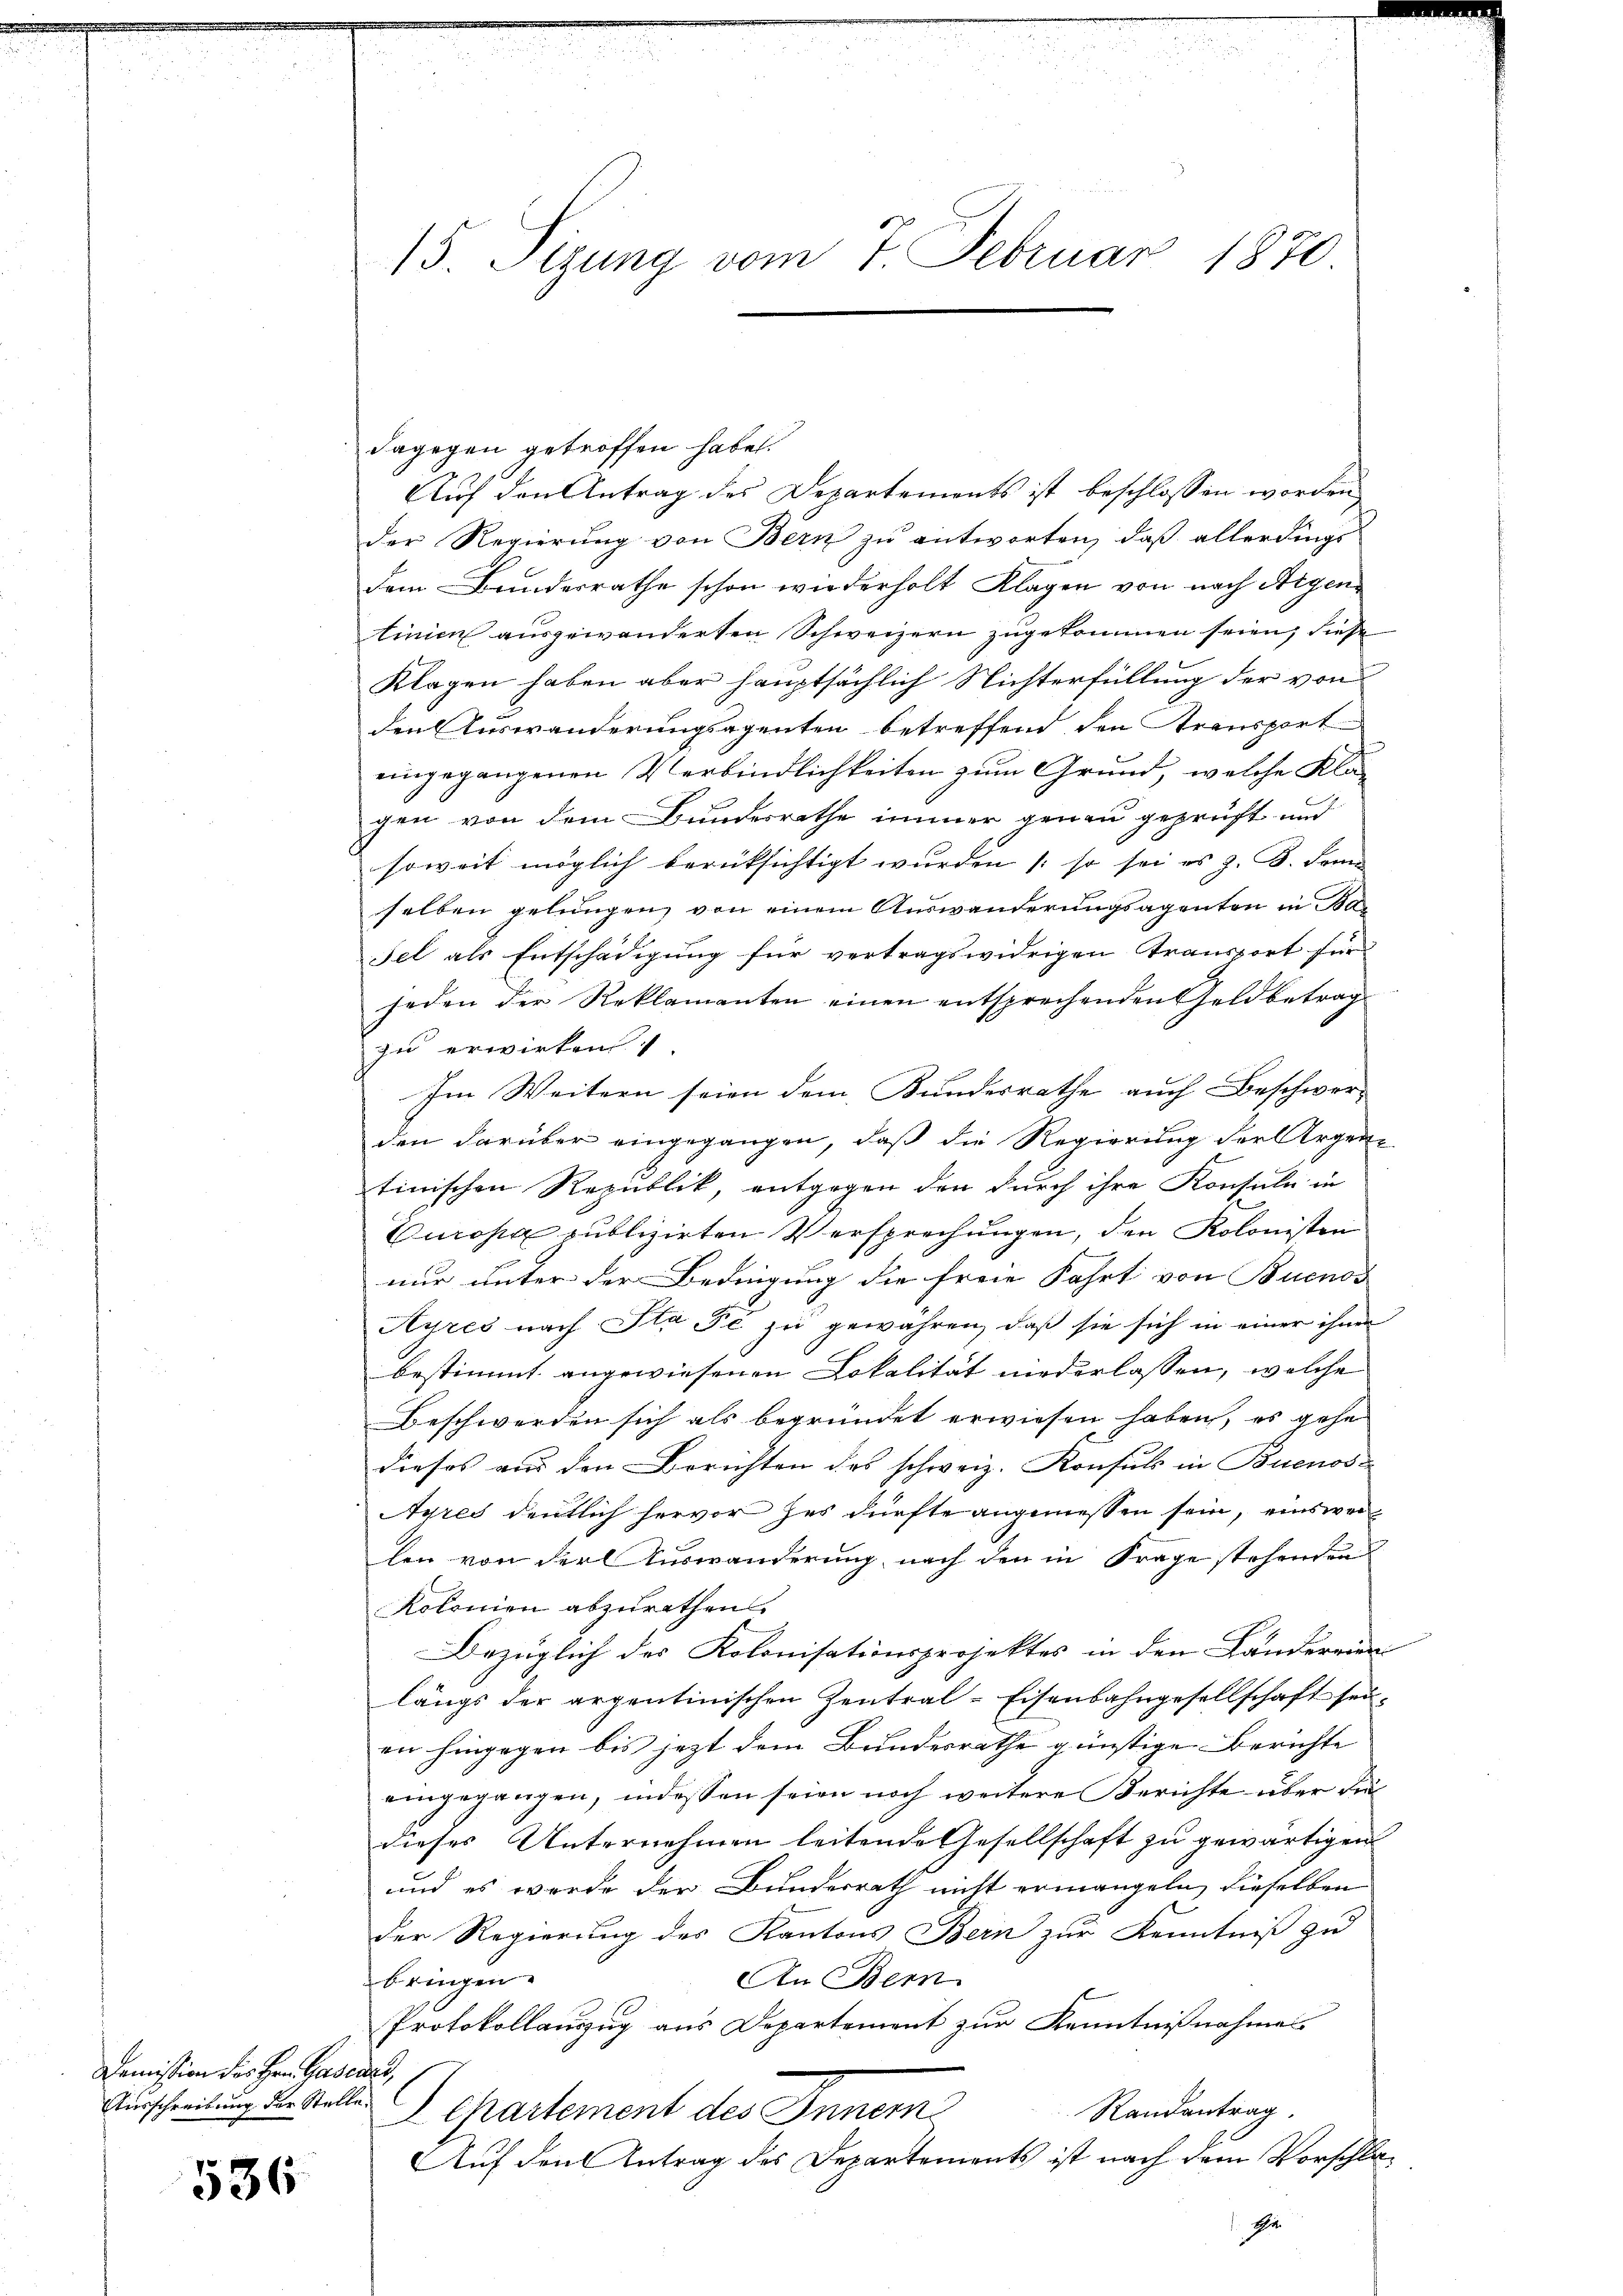
Demission des Hrn. Gaseurs,
Ausschreibung der Stelle.

536

15. Sizung vom 7. Februar 1870

dagegen getroffen habe.
Auf den Antrag des Departements ist beschlossen worden
der Regierung von Bern zu antworten, daß allerdings
dem Bundesrathe schon wiederholt Klagen von nach Aigenlinien ausgewanderten Schweizern zugekommen seien, diese
Klagen haben aber hauptsächlich Nichterfüllung der von
den Auswanderungsagenten betreffend den transport
eingegangenen Verbindlichkeiten zum Grund, welche Kla-
gen von dem Bundesrathe immer genau geprüft und
soweit möglich berüksichtigt wurden (so sei es z. B. Seme
selben gelungen, von einem Auswanderungsagenten in Ba¬
Fel als Entschädigung für vertragswidrigen Transport für
jeden der Reklamanten einen entsprechenden Geldbetrag
zu erwirken
Im Weitern seien dem Bundesrathe auch Beschwer-
den darüber eingegangen, daß die Regierung der Ärgeri
tinischen Republik, entgegen den durch ihre Konsuln in
Curopa publizirten Versprechungen, den Kolonisten
nur unter der Bedingung die freie Fahrt von Buenos
Ayres nach Sta Fc zu gewähren, daß sie sich in einer ihnen
bestimmt angewiesenen Lokalität niederlassen, welche
Beschwerden sich als begründet erwiesen haben, es gehe
dieses aus den Berichten des schweiz. Konsuls in Buenoss
Ayres deutlich hervor des dürfte angemessen sein, einsweilen von der Auswanderung nach den in Frage stehenden
Kolonien abzurathen
Bezüglich des Kolonisationsprojektes in den Ländereien
längs der argentinischen Zentral-Eisenbahngesellschaft sei-
en hingegen bis jezt dem Bundesrathe günstige Berichte
eingegangen, indessen seien noch weitere Berichte über die
dieses Unternehmen leitende Gesellschaft zu gewärtigen
und es wurde der Bundesrath nicht ermangeln, dieselben
Der Regierung des Kantons Bern zur Kenntniß zu
bringen.
An Bern.
Protokollauszug aus Departement zur Kenntnißnahme
Randantrag.
Geradement der Innen,
Auf den Antrag des Departements ist nach dem Vorschla¬
Schä